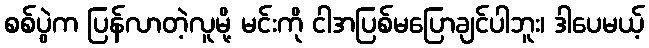
စစ်ပွဲက ပြန်လာတဲ့လူမို့ မင်းကို ငါအပြစ်မပြောချင်ပါဘူး၊ ဒါပေမယ့်